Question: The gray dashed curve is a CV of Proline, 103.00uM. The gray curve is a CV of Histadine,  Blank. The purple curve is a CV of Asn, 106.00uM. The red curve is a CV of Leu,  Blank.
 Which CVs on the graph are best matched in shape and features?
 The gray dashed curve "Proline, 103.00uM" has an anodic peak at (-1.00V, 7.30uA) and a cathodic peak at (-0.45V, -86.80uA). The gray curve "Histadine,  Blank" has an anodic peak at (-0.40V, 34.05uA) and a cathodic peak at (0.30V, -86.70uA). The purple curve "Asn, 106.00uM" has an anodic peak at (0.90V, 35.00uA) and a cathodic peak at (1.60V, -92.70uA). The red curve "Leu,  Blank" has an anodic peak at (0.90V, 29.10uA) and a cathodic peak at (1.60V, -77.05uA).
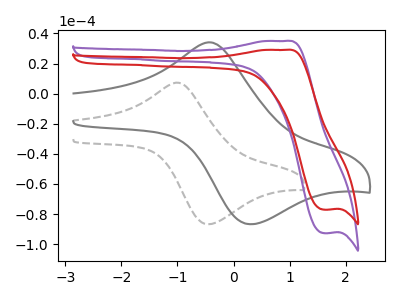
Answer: <think>"Proline, 103.00uM" and "Histadine,  Blank" have at least one peak that do not match. "Proline, 103.00uM" and "Asn, 106.00uM" have at least one peak that do not match. "Proline, 103.00uM" and "Leu,  Blank" have at least one peak that do not match. "Histadine,  Blank" and "Asn, 106.00uM" have at least one peak that do not match. "Histadine,  Blank" and "Leu,  Blank" have at least one peak that do not match. All the peaks in "Asn, 106.00uM" have a peak in "Leu,  Blank" at the same potential. Every peak in "Asn, 106.00uM" is higher than every peak in "Leu,  Blank".
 </think>
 <answer>"Leu,  Blank" and "Asn, 106.00uM" have the same shape and are likely CV's of the same chemical.</answer>
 <eval>"Leu,  Blank" "Asn, 106.00uM"</eval>